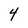
Character: 4